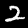
Label: 2